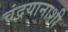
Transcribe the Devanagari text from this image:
चंद्रयानाशी